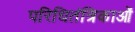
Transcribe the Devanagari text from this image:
परिधितंत्रिकाओं